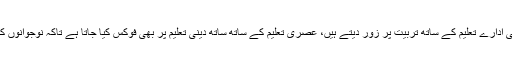
انہوں نے اپنے خطاب میں کہا کہ الحمداللہ منہاج القرآن کے تعلیمی ادارے تعلیم کے ساتھ تربیت پر زور دیتے ہیں، عصری تعلیم کے ساتھ ساتھ دینی تعلیم پر بھی فوکس کیا جاتا ہے تاکہ نوجوانوں کی کردار سازی کا بنیادی قومی، دینی، فریضہ بھی پورا ہو سکے۔